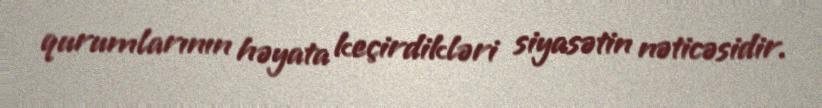
qurumlarının həyata keçirdikləri siyasətin nəticəsidir.